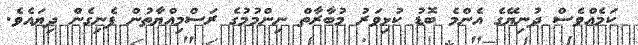
ކަމެއްވެސް ދުނިޔޭގެ އެންމެ ބޮޑު ކުޅިވަރު މުބާރާތް ނިންމުމުގެ ރަސްމިއްޔާތުން ފެނިގެން ދިޔައެވެ.